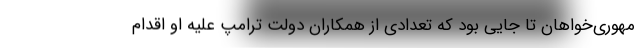
مهوری‌خواهان تا جایی بود که تعدادی از همکاران دولت ترامپ علیه او اقدام